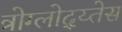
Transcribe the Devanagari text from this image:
त्रोग्लोद्य्तेस